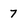
Character: 7